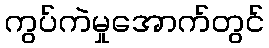
ကွပ်ကဲမှုအောက်တွင်